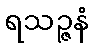
ရသဉ္ဇနံ